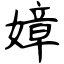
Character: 嫜